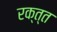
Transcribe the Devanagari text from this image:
रक्त्त